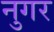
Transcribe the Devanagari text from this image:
नुगर